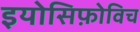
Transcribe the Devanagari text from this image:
इयोसिफ़ोविच